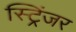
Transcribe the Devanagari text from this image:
स्ट्रिंजर